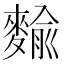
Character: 𪍍